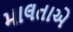
માલતાએ